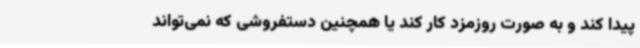
پیدا کند و به صورت روزمزد کار کند یا همچنین دستفروشی که نمی‌تواند